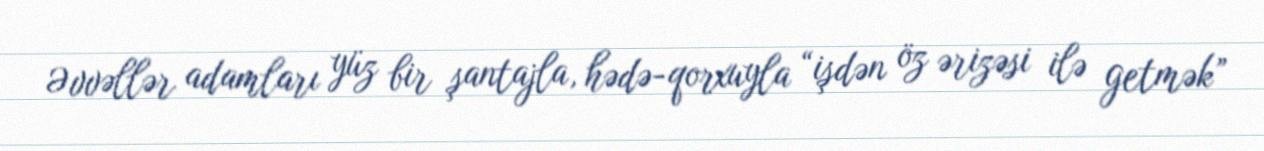
Əvvəllər adamları yüz bir şantajla, hədə-qorxuyla “işdən öz ərizəsi ilə getmək”